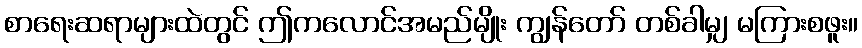
စာရေးဆရာများထဲတွင် ဤကလောင်အမည်မျိုး ကျွန်တော် တစ်ခါမျှ မကြားစဖူး။